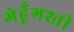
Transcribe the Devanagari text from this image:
गेहूँगश्ती